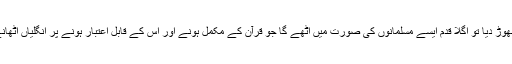
اگر اہل اسلام نے اس مورچے کو خالی چھوڑ دیا تو اگلا قدم ایسے مسلمانوں کی صورت میں اٹھے گا جو قرآن کے مکمل ہونے اور اس کے قابل اعتبار ہونے پر انگلیاں اٹھانے کے باوجود خود کو مسلمان کہیں گے۔